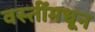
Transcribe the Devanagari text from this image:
वस्तींमधून